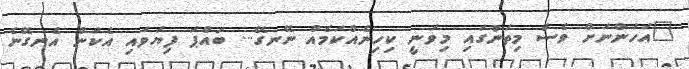
"އަހަންނަށް ވެސް މިތަނުގައި މިވަނީ ކިހިނެއްކަމެއް ނޭނގޭ... ބައްޕަ ފިޔަވައި އެކަން އެނގޭނެ